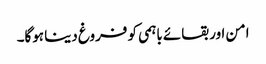
امن اور بقائے باہمی کو فروغ دینا ہوگا۔